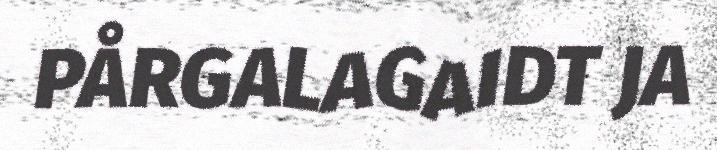
PÅRGALAGAIDT JA